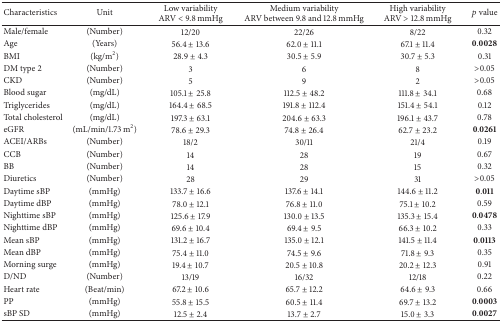
<table><thead><tr><td><b>Characteristics</b></td><td><b>Unit</b></td><td><b>Low variabilityARV &lt; 9.8 mmHg</b></td><td><b>Medium variabilityARV between 9.8 and 12.8 mmHg</b></td><td><b>High variabilityARV &gt; 12.8 mmHg</b></td><td><b><i>p</i> value</b></td></tr></thead><tbody><tr><td>Male/female </td><td>(Number)</td><td>12/20</td><td>22/26</td><td>8/22</td><td>0.32</td></tr><tr><td>Age</td><td>(Years)</td><td>56.4 ± 13.6</td><td>62.0 ± 11.1</td><td>67.1 ± 11.4</td><td><b>0</b>.<b>0028</b></td></tr><tr><td>BMI</td><td>(kg/m<sup>2</sup>)</td><td>28.9 ± 4.3</td><td>30.5 ± 5.9</td><td>30.7 ± 5.3</td><td>0.31</td></tr><tr><td>DM type 2</td><td>(Number)</td><td>3</td><td>6</td><td>8</td><td>&gt;0.05</td></tr><tr><td>CKD</td><td>(Number)</td><td>5</td><td>9</td><td>2</td><td>&gt;0.05</td></tr><tr><td>Blood sugar</td><td>(mg/dL)</td><td>105.1 ± 25.8</td><td>112.5 ± 48.2</td><td>111.8 ± 34.1</td><td>0.68</td></tr><tr><td>Triglycerides</td><td>(mg/dL)</td><td>164.4 ± 68.5</td><td>191.8 ± 112.4</td><td>151.4 ± 54.1</td><td>0.12</td></tr><tr><td>Total cholesterol </td><td>(mg/dL)</td><td>197.3 ± 63.1</td><td>204.6 ± 63.3</td><td>196.1 ± 43.7</td><td>0.78</td></tr><tr><td>eGFR </td><td>(mL/min/1.73 m<sup>2</sup>)</td><td>78.6 ± 29.3</td><td>74.8 ± 26.4</td><td>62.7 ± 23.2</td><td><b>0</b>.<b>0261</b></td></tr><tr><td>ACEI/ARBs </td><td>(Number)</td><td>18/2</td><td>30/11</td><td>21/4</td><td>0.19</td></tr><tr><td>CCB </td><td>(Number)</td><td>14</td><td>28</td><td>19</td><td>0.67</td></tr><tr><td>BB </td><td>(Number)</td><td>14</td><td>28</td><td>15</td><td>0.32</td></tr><tr><td>Diuretics </td><td>(Number)</td><td>28</td><td>29</td><td>31</td><td>&gt;0.05</td></tr><tr><td>Daytime sBP </td><td>(mmHg)</td><td>133.7 ± 16.6</td><td>137.6 ± 14.1</td><td>144.6 ± 11.2</td><td><b>0</b>.<b>011</b></td></tr><tr><td>Daytime dBP </td><td>(mmHg)</td><td>78.0 ± 12.1</td><td>76.8 ± 11.0</td><td>75.1 ± 10.2</td><td>0.59</td></tr><tr><td>Nighttime sBP </td><td>(mmHg)</td><td>125.6 ± 17.9</td><td>130.0 ± 13.5</td><td>135.3 ± 15.4</td><td><b>0</b>.<b>0478</b></td></tr><tr><td>Nighttime dBP </td><td>(mmHg)</td><td>69.6 ± 10.4</td><td>69.4 ± 9.5</td><td>66.3 ± 10.2</td><td>0.33</td></tr><tr><td>Mean sBP </td><td>(mmHg)</td><td>131.2 ± 16.7</td><td>135.0 ± 12.1</td><td>141.5 ± 11.4</td><td><b>0</b>.<b>0113</b></td></tr><tr><td>Mean dBP </td><td>(mmHg)</td><td>75.4 ± 11.0</td><td>74.5 ± 9.6</td><td>71.8 ± 9.3</td><td>0.35</td></tr><tr><td>Morning surge </td><td>(mmHg)</td><td>19.4 ± 10.7</td><td>20.5 ± 10.8</td><td>20.2 ± 12.3</td><td>0.91</td></tr><tr><td>D/ND </td><td>(Number)</td><td>13/19</td><td>16/32</td><td>12/18</td><td>0.22</td></tr><tr><td>Heart rate </td><td>(Beat/min)</td><td>67.2 ± 10.6</td><td>65.7 ± 12.2</td><td>64.6 ± 9.3</td><td>0.66</td></tr><tr><td>PP </td><td>(mmHg)</td><td>55.8 ± 15.5</td><td>60.5 ± 11.4</td><td>69.7 ± 13.2</td><td><b>0</b>.<b>0003</b></td></tr><tr><td>sBP SD </td><td>(mmHg)</td><td>12.5 ± 2.4</td><td>13.7 ± 2.7</td><td>15.0 ± 3.3</td><td><b>0</b>.<b>0027</b></td></tr></tbody></table>